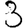
Digit: 3